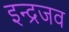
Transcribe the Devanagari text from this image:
इन्द्रजव